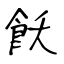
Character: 飫